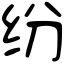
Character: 纷